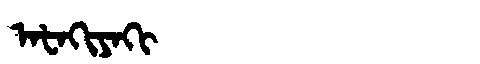
Manchu: ᠠᡶᠠᡴᡳᠶᠠᡴᡳ
Romanization: AFAKIYAKI